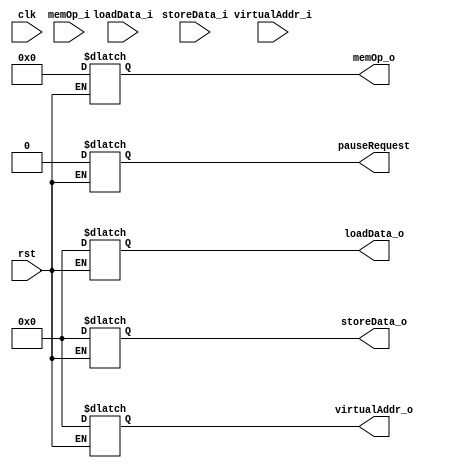
module MemControl(
	input wire clk,
	input wire rst,
	input wire [31:0] storeData_i,
	input wire [3:0] memOp_i,
	input wire [31:0] virtualAddr_i,
	input wire [31:0] loadData_i,
	
	output reg [31:0] storeData_o,
	output reg [3:0] memOp_o,
	output reg [31:0] virtualAddr_o,
	output reg [31:0] loadData_o,
	output reg pauseRequest //pause the pipline
);

	always @(*) begin
		if(rst == 1'b1) begin
			storeData_o <= 32'b0;
			memOp_o <= 4'b0;
			virtualAddr_o <= 32'b0;
			loadData_o <= 32'b0;
			pauseRequest <= 1'b0;
		end else begin
			
		end
	end
endmodule